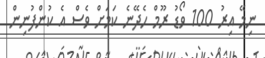
ނިމޭ އިރު 100 ވޯޑު ރޫމް ހެދޭނެ ކަމަށް ވެސް އެ ކުންފުނިން